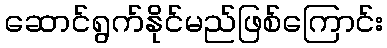
ဆောင်ရွက်နိုင်မည်ဖြစ်ကြောင်း